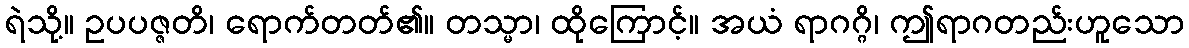
ရဲသို့။ ဥပပဇ္ဇတိ၊ ရောက်တတ်၏။ တသ္မာ၊ ထိုကြောင့်။ အယံ ရာဂဂ္ဂိ၊ ဤရာဂတည်းဟူသော